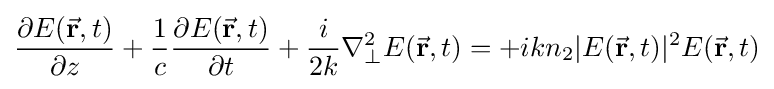
{\frac {\partial {{E}({\vec {\mathbf {r} }},t)}}{\partial z}}+{\frac {1}{c}}{\frac {\partial {{E}({\vec {\mathbf {r} }},t)}}{\partial t}}+{\frac {i}{2k}}\nabla _{\bot }^{2}E({\vec {\mathbf {r} }},t)=+ikn_{2}|E({\vec {\mathbf {r} }},t)|^{2}{{E}({\vec {\mathbf {r} }},t)}